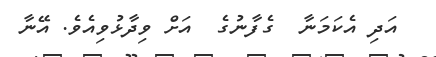
އަދި އެކަމަނާ  ގެފާނުގެ  އަށް ވިދާޅުވިއެވެ. އޭނާ